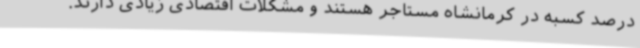
درصد کسبه در کرمانشاه مستاجر هستند و مشکلات اقتصادی زیادی دارند.